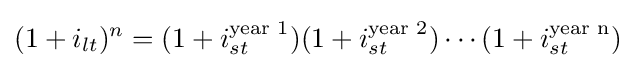
(1+i_{lt})^{n}=(1+i_{st}^{\text{year 1}})(1+i_{st}^{\text{year 2}})\cdots (1+i_{st}^{\text{year n}})